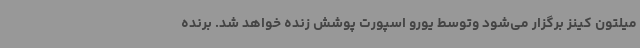
میلتون کینز برگزار می‌شود وتوسط یورو اسپورت پوشش زنده خواهد شد. برنده